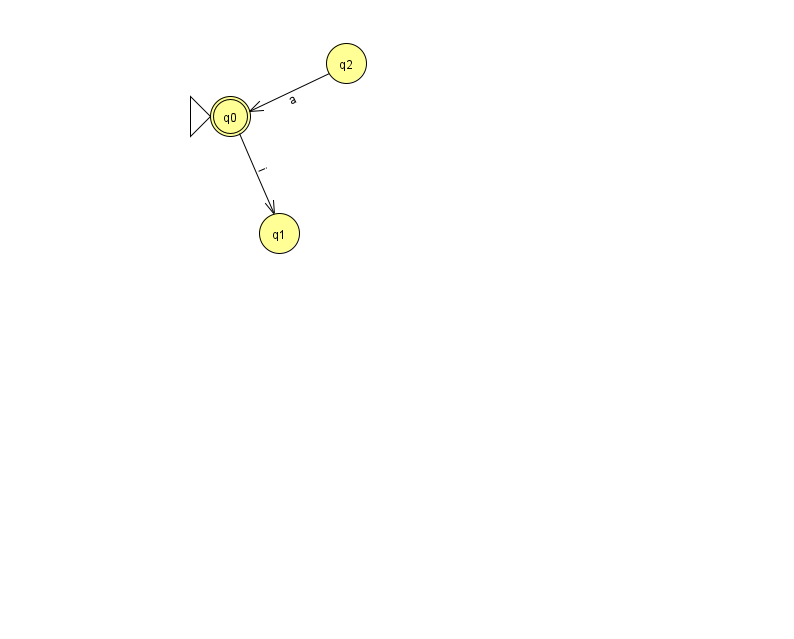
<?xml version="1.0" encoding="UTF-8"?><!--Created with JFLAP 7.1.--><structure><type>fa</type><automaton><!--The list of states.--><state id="0" name="q0"><x>230.0</x><y>103.0</y><initial/><final/></state><state id="1" name="q1"><x>279.0</x><y>220.0</y></state><state id="2" name="q2"><x>346.0</x><y>50.0</y></state><!--The list of transitions.--><transition><from>2</from><to>0</to><read>a</read></transition><transition><from>0</from><to>1</to><read>i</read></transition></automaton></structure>